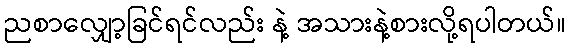
ညစာလျှော့ခြင်ရင်လည်း နဲ့ အသားနဲ့စားလို့ရပါတယ်။